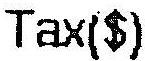
TAX($)